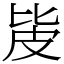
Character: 㿫